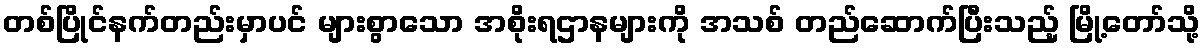
တစ်ပြိုင်နက်တည်းမှာပင် များစွာသော အစိုးရဌာနများကို အသစ် တည်ဆောက်ပြီးသည့် မြို့တော်သို့